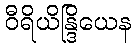
ဝီရိယိန္ဒြိယေန